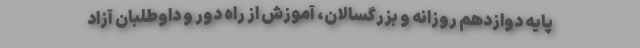
پایه دوازدهم روزانه و بزرگسالان، آموزش از راه دور و داوطلبان آزاد